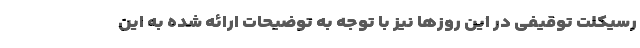
رسیکلت توقیفی در این روزها نیز با توجه به توضیحات ارائه شده به این